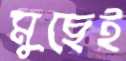
মুছেই